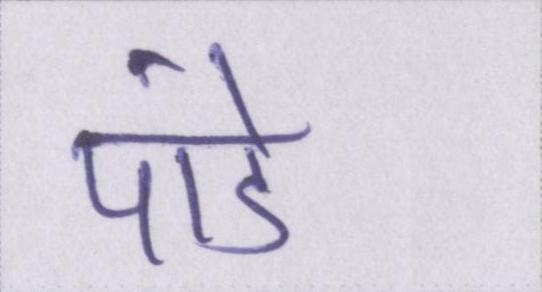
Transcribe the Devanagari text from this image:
पांडे